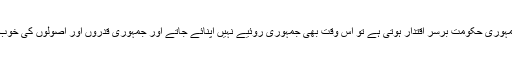
یہاں تک کہ جب یہاں ایک جمہوری حکومت برسرِ اقتدار ہوتی ہے تو اس وقت بھی جمہوری روئیے نہیں اپنائے جاتے اور جمہوری قدروں اور اصولوں کی خوب خوب مٹی پلید کی جاتی ہے۔